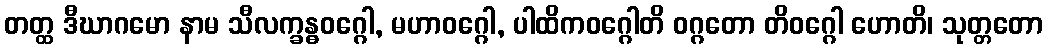
တတ္ထ ဒီဃာဂမော နာမ သီလက္ခန္ဓဝဂ္ဂေါ, မဟာဝဂ္ဂေါ, ပါထိကဝဂ္ဂေါတိ ဝဂ္ဂတော တိဝဂ္ဂေါ ဟောတိ၊ သုတ္တတော